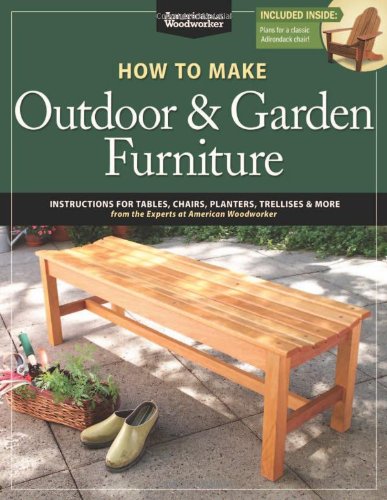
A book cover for How to Make Outdoor & Garden Furniture: Instructions for Tables, Chairs, Planters, Trellises & More from the Experts at American Woodworker; Randy Johnson; Crafts, Hobbies & Home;